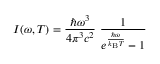
I ( \omega , T ) = { \frac { \hbar \omega ^ { 3 } } { 4 \pi ^ { 3 } c ^ { 2 } } } ~ { \frac { 1 } { e ^ { \frac { \hbar \omega } { k _ { \mathrm { B } } T } } - 1 } }